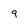
Character: 9